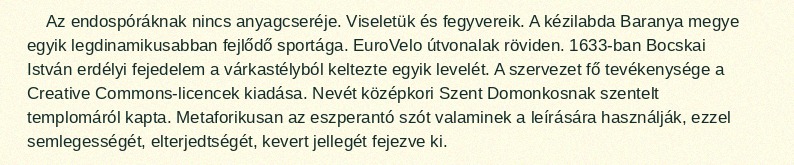
Az endospóráknak nincs anyagcseréje. Viseletük és fegyvereik. A kézilabda Baranya megye egyik legdinamikusabban fejlődő sportága. EuroVelo útvonalak röviden. 1633-ban Bocskai István erdélyi fejedelem a várkastélyból keltezte egyik levelét. A szervezet fő tevékenysége a Creative Commons-licencek kiadása. Nevét középkori Szent Domonkosnak szentelt templomáról kapta. Metaforikusan az eszperantó szót valaminek a leírására használják, ezzel semlegességét, elterjedtségét, kevert jellegét fejezve ki.